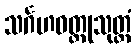
သင်္ဂဟဝတ္ထုသုတ္တံ